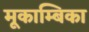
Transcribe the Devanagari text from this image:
मूकाम्‍बिका